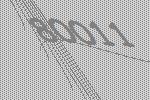
80011